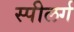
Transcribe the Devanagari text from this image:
स्पीलर्ग